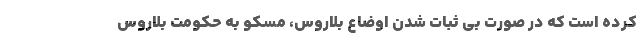
کرده است که در صورت بی ثبات شدن اوضاع بلاروس، مسکو به حکومت بلاروس